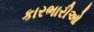
કારભારીઓ